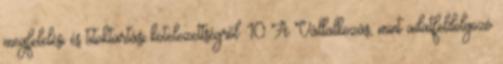
megfelelési és titoktartási kötelezettségről. 10 A Vállalkozás, mint adatfeldolgozó